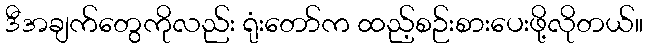
ဒီအချက်တွေကိုလည်း ရုံးတော်က ထည့်စဉ်းစားပေးဖို့လိုတယ်။